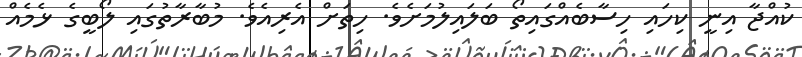
ކުއްޖާ އިނީ ކިހައި ހިސާބެއްގައިތޯ ބަލައިލުމަށެވެ. ހިތަށް އެރިއެވެ. މުބާރާތުގައި ލޯބީގެ ޅެމެއް